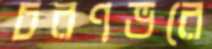
চরণভরে